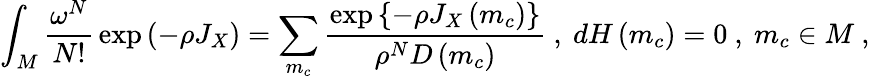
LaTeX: \int_{M}{\frac{\omega^{N}}{N!}}\exp\left(-\rho J_{X}\right)=\sum_{m_{c}}{\frac{\exp\left\{ -\rho J_{X}\left(m_{c}\right)\right\} }{\rho^{N}D\left(m_{c}\right)}}\ ,\ dH\left(m_{c}\right)=0\ ,\ m_{c}\in M\ ,